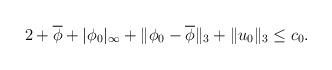
LaTeX: \begin{align*}2+\overline{\phi}+|\phi_0|_{\infty}+\|\phi_0-\overline{\phi}\|_{3}+\|u_0\|_{3}\leq c_0.\end{align*}